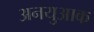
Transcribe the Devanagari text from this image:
अनयुआक